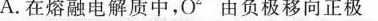
A.在熔融电解质中，O^{2-}由负极移向正极